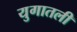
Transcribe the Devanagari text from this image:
युगातली